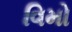
વિમો